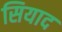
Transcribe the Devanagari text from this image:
सियाद